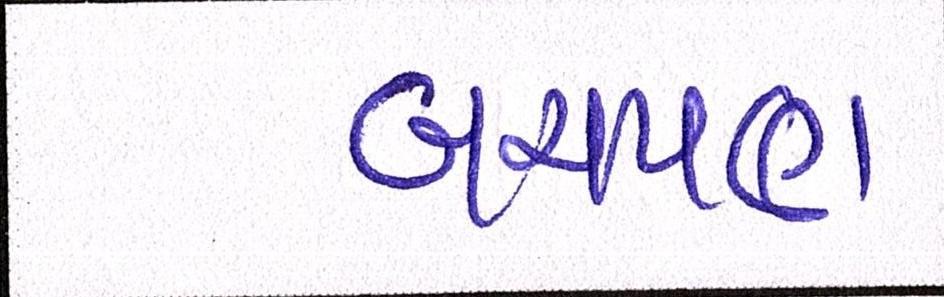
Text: બચપણ